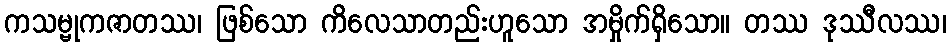
ကသမ္ဗုကဇာတဿ၊ ဖြစ်သော ကိလေသာတည်းဟူသော အမှိုက်ရှိသော။ တဿ ဒုဿီလဿ၊